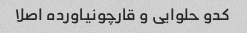
کدو حلوایی و قارچو‌نیاورده اصلا